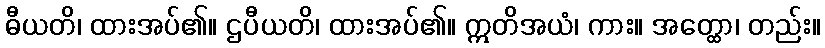
ဓီယတိ၊ ထားအပ်၏။ ဌပီယတိ၊ ထားအပ်၏။ ဣတိအယံ၊ ကား။ အတ္ထော၊ တည်း။